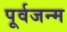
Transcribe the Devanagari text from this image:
पूर्वजन्‍म